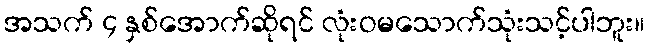
အသက် ၄ နှစ်အောက်ဆိုရင် လုံးဝမသောက်သုံးသင့်ပါဘူး။